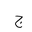
Letter: _gim